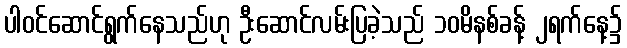
ပါဝင်ဆောင်ရွက်နေသည်ဟု ဦးဆောင်လမ်းပြခဲ့သည် ၁၀မိနစ်ခန့် ၂ရက်နေ့၌